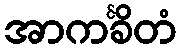
အာကင်္ခိတံ